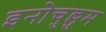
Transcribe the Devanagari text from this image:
इनोचुल्लुम